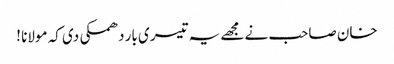
خان صاحب نے مجھے یہ تیسری بار دھمکی دی کہ مولانا !